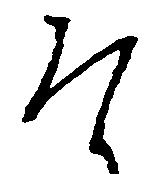
そ